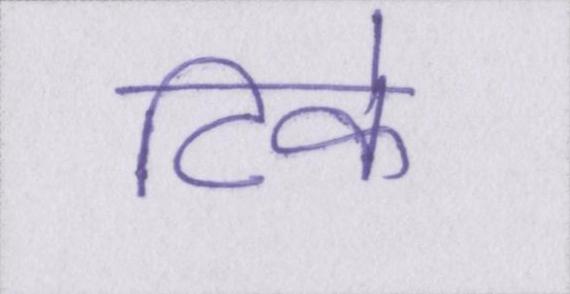
टिके